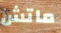
ماتش